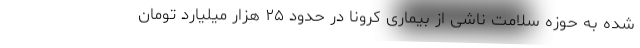
شده به حوزه سلامت ناشی از بیماری کرونا در حدود ۲۵ هزار میلیارد تومان